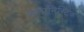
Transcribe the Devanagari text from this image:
मेलानिस्टिक